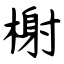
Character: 榭